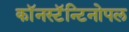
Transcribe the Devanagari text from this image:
काॅनस्टॅन्टिनोपल